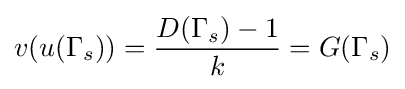
v(u(\Gamma _{s}))={{D(\Gamma _{s})-1} \over {k}}=G(\Gamma _{s})